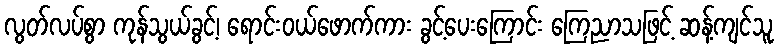
လွတ်လပ်စွာ ကုန်သွယ်ခွင့်၊ ရောင်းဝယ်ဖောက်ကား ခွင့်ပေးကြောင်း ကြေညာသဖြင့် ဆန့်ကျင်သူ